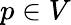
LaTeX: p\in V